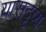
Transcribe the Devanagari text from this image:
यासदृष्य